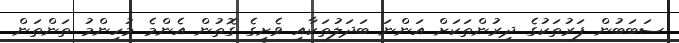
ސަބަބުން ފަރުތަކުގެ ދިރުންތަކަށް އަންނަ ބަދަލުތަކާއި ވެށީގެ ގޮތުން އެންމެ މުހިންމު ތަންތަން